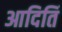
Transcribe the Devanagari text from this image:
आदितिं